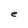
Character: e